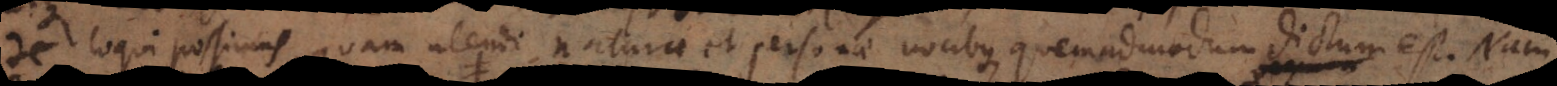
loqui possimus, quam utendi naturae et personae vocibus, quemadmodum dictum est. Nam